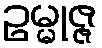
ဥမ္မုဇ္ဇ